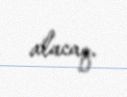
alacaq.